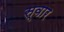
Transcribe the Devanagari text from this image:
स्‍वार